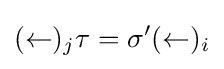
(\leftarrow )_{j}\tau =\sigma '(\leftarrow )_{i}